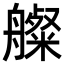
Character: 𦪫